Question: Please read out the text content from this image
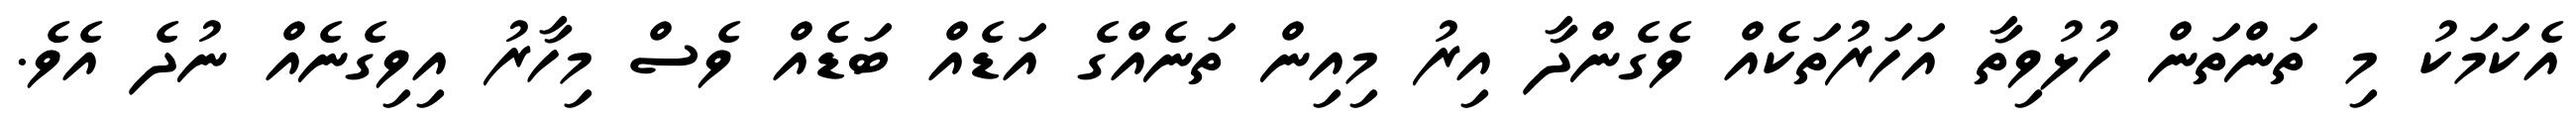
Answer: އެކަމަކު މި ތަންތަން ހުޅުވިތާ އަހަރުތަކެއް ވެގެންދާ އިރު މިއިން ތަނެއްގެ އަޑެއް ބަޑެއް ވެސް މިހާރު އިވިގެނެއް ނުދެ އެވެ.